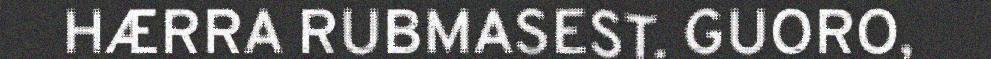
HÆRRA RUBMASEST. GUORO,